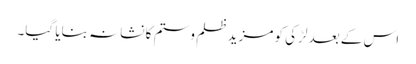
اس کے بعد لڑکی کو مزید ظلم وستم کا نشانہ بنایا گیا۔